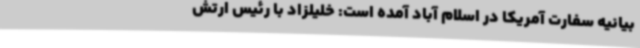
بیانیه سفارت آمریکا در اسلام آباد آمده است: خلیلزاد با رئیس ارتش